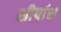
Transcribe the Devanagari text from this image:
शीर्षास